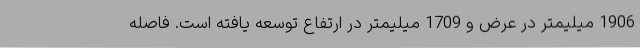
1906 میلیمتر در عرض و 1709 میلیمتر در ارتفاع توسعه یافته است. فاصله